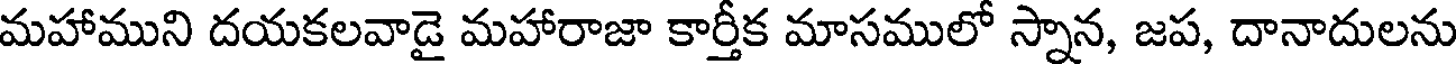
మహాముని దయకలవాడై మహారాజా కార్తీక మాసములో స్నాన, జప, దానాదులను